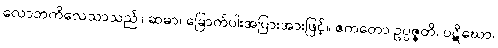
လောဘကိလေသာသည်။ ဆဓာ၊ ခြောက်ပါးအပြားအားဖြင့်။ ဧကတော ဥပ္ပဇ္ဇတိ၊ ပဋိဃော၊